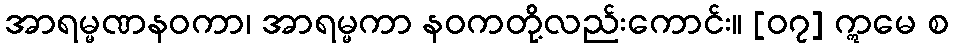
အာရမ္မဏနဝကာ၊ အာရမ္မကာ နဝကတို့လည်းကောင်း။ [၀၇] ဣမေ စ